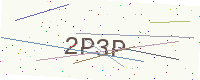
Text: 2P3P